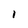
Character: l